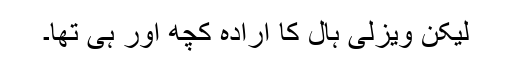
لیکن ویزلی ہال کا ارادہ کچھ اور ہی تھا۔